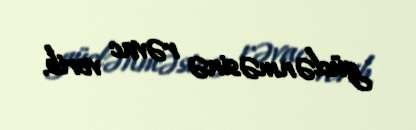
güclənməsinə rəvac verib.